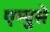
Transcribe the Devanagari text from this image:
एम्पुसे